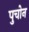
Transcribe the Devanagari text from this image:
पुचोन